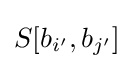
S[b_{i'},b_{j'}]